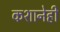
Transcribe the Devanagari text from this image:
कशानेही